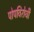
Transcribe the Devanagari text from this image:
पोपविरोधी